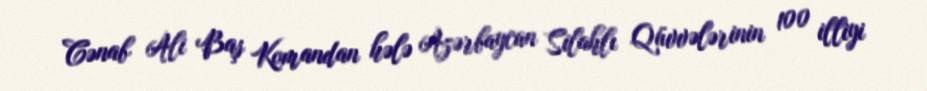
Cənab Ali Baş Komandan hələ Azərbaycan Silahlı Qüvvələrinin 100 illiyi